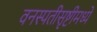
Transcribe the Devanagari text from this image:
वनस्पतीसृष्टीमध्ये